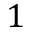
1